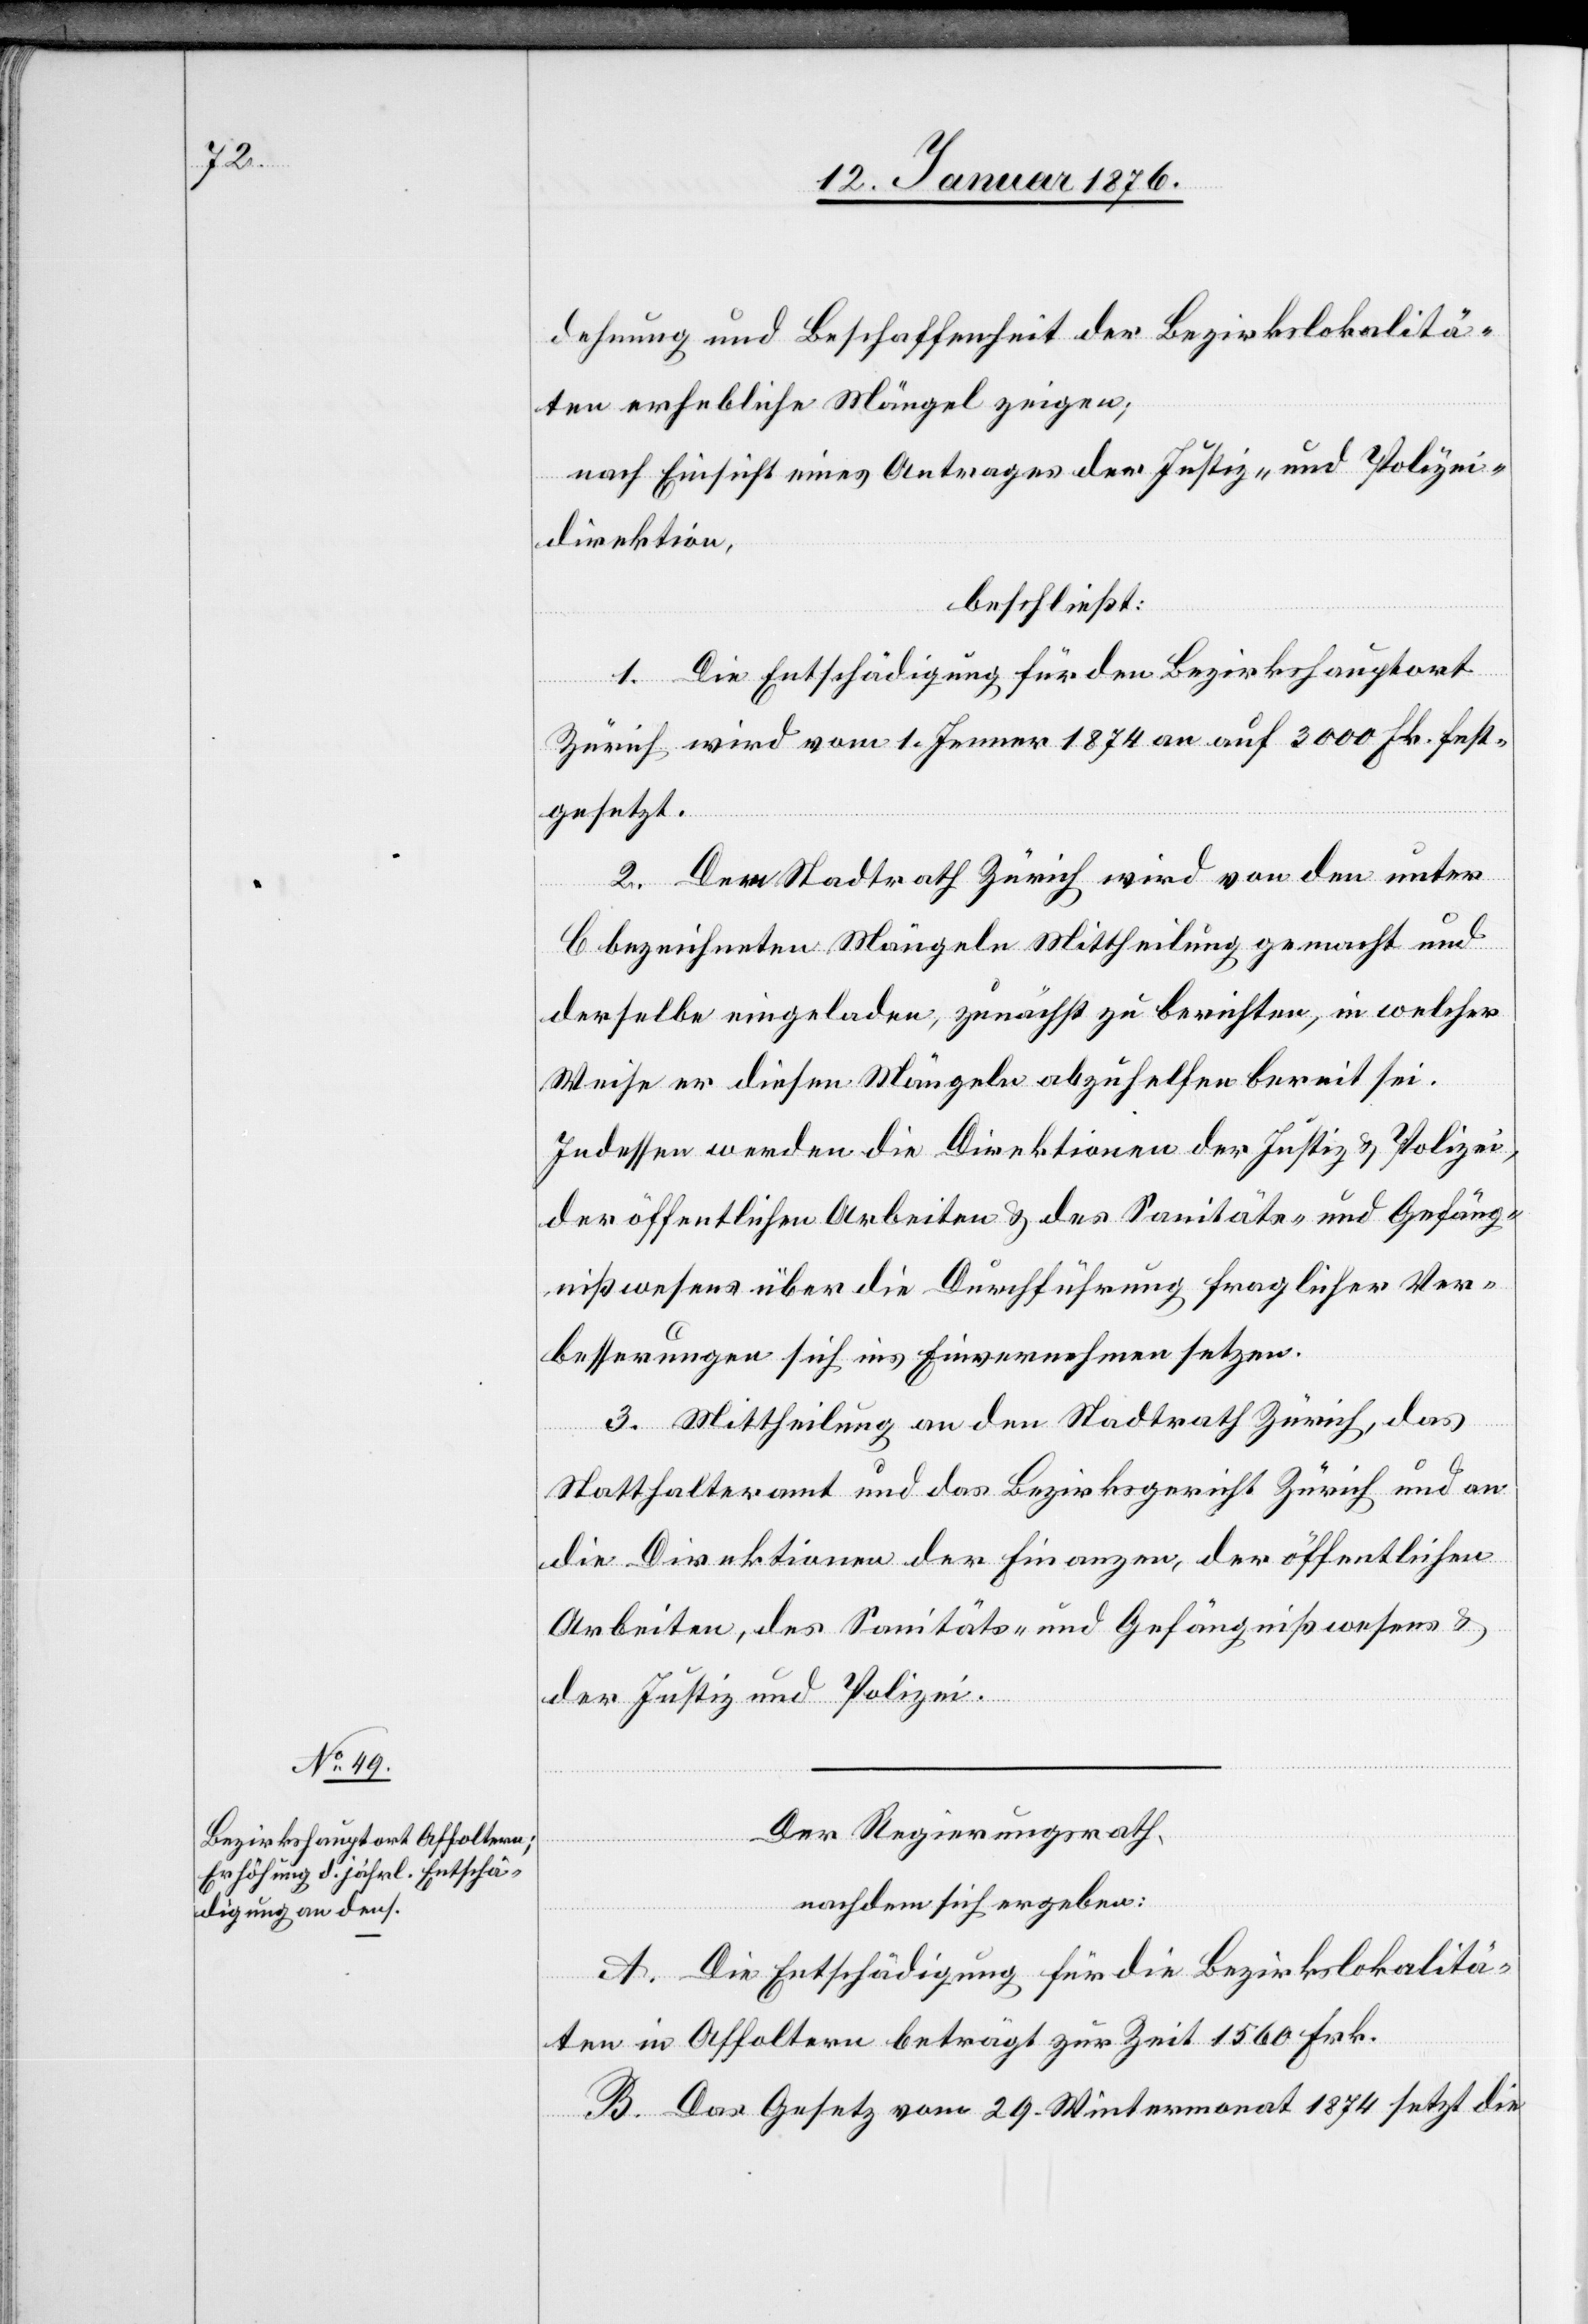
dehnung und Beschaffenheit der Bezirkslokalitä¬
ten erhebliche Mängel zeigen;
nach Einsicht eines Antrages der Justiz- und Polizei¬
direktion,
beschließt:
1. Die Entschädigung für den Bezirkshauptort
Zürich wird vom 1. Jenner 1874 an auf 3000 Frk. fest¬
gesetzt.
2. Dem Stadtrath Zürich wird von den unter
C bezeichneten Mängeln Mittheilung gemacht und
derselbe eingeladen, zunächst zu berichten, in welcher
Weise er diesen Mängeln abzuhelfen bereit sei.
Indessen werden die Direktionen der Justiz u. Polizei,
der öffentlichen Arbeiten u. des Sanitäts- und Gefäng¬
nißwesens über die Durchführung fraglicher Ver¬
besserungen sich ins Einvernehmen setzen.
3. Mittheilung an den Stadtrath Zürich, das
Statthalteramt und das Bezirksgericht Zürich und an
die Direktion der Finanzen, der öffentlichen
Arbeiten, des Sanitäts- und Gefängnißwesens u.
der Justiz und Polizei.
Der Regierungsrath,
nachdem sich ergeben:
A. Die Entschädigung für die Bezirkslokalitä¬
ten in Affoltern beträgt zur Zeit 1560 Frk.
B. Das Gesetz vom 29. Wintermonat 1874 setzt die